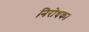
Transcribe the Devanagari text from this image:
निरोधक।